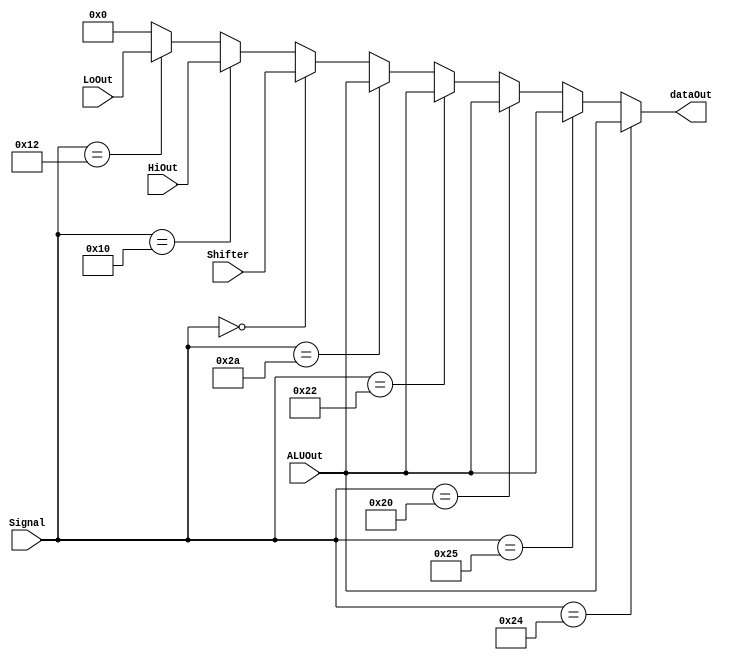
`timescale 1ns/1ns
module MUX( ALUOut, HiOut, LoOut, Shifter, Signal, dataOut );
input [31:0] ALUOut ;
input [31:0] HiOut ;
input [31:0] LoOut ;
input [31:0] Shifter ;
input [5:0] Signal ;
output [31:0] dataOut ;


reg [31:0] temp ;

parameter AND = 6'b100100;
parameter OR  = 6'b100101;
parameter ADD = 6'b100000;
parameter SUB = 6'b100010;
parameter SLT = 6'b101010;
parameter SLL = 6'b000000;
parameter DIVU= 6'b011011;
parameter MFHI= 6'b010000;
parameter MFLO= 6'b010010;

assign dataOut = ( Signal == AND ) ? ALUOut : ( Signal == OR  ) ? ALUOut : 
				 ( Signal == ADD ) ? ALUOut : ( Signal == SUB ) ? ALUOut : 
				 ( Signal == SLT ) ? ALUOut : ( Signal == SLL ) ? Shifter :
				 ( Signal == MFHI) ? HiOut  : ( Signal == MFLO) ? LoOut : 32'b0 ; 


endmodule